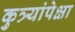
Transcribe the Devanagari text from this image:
कुत्र्यांपेक्षा